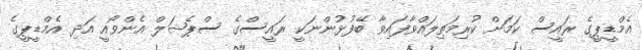
އެމްޑީޕީގެ ރައީސް ކަމަށް ކުރިމަތިލައްވާފައިވާ ބޭފުޅުންނަކީ ރައީސްގެ ސްޕެޝަލް އެންވޯއީ އަދި އެމްޑީޕީގެ